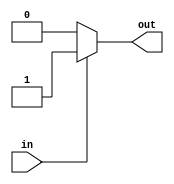
module Negative(in, out);

input in;
output out;

assign out = (in == 1'b1) ? 1:0;

endmodule